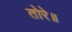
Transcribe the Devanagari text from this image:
तोरे॥